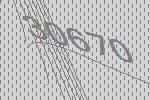
30670